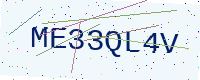
Text: ME33QL4V